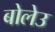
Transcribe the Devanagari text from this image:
बोलेउ